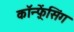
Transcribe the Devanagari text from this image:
कॉन्फ़्रेंसिंग